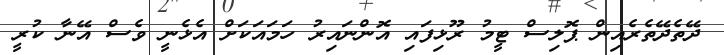
ދޭތެދޭތެރެއިން ޕޮލިސް ޓީމު ރޫޅިފައި އޮންނައިރު ހަމައަކަށް އެޅެނީ ވެސް އޭނާ ކުރީ